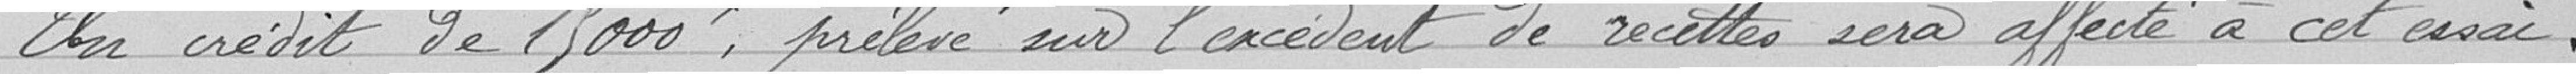
Un crédit de 15000 prélevé sur l'excédent de recettes sera affecté à cet essai.